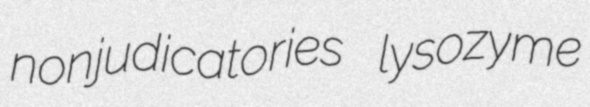
nonjudicatories lysozyme